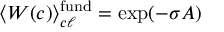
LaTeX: \langle W ( c ) \rangle _ { c \ell } ^ { \mathrm { f u n d } } = \exp ( - \sigma A )